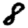
Digit: 8